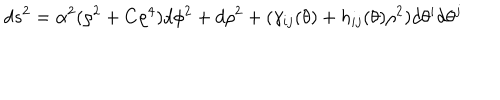
d s ^ { 2 } = \alpha ^ { 2 } ( \rho ^ { 2 } + C \rho ^ { 4 } ) d \phi ^ { 2 } + d \rho ^ { 2 } + ( \gamma _ { i j } ( \theta ) + h _ { i j } ( \theta ) \rho ^ { 2 } ) d \theta ^ { i } d \theta ^ { j }